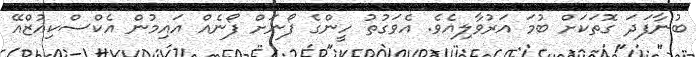
ބުނާފަދަ ގޮތަކަށް ބުމަ އަރުވާލިއެވެ. އެވަގުތު ހީންގެ ފޯނަށް ފޯނެއް އައިމުން އެކްސްކިއުޒްއޭ